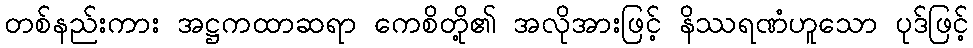
တစ်နည်းကား အဋ္ဌကထာဆရာ ကေစိတို့၏ အလိုအားဖြင့် နိဿရဏံဟူသော ပုဒ်ဖြင့်